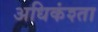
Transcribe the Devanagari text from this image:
अधिकंश्ता